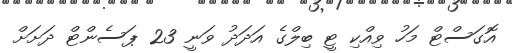
އޮގަސްޓް މަހު ވިއްކި ޓީ ބިލްގެ އަދަދު ވަނީ 23 ޕަސެންޓް ދަށަށް